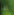
ما